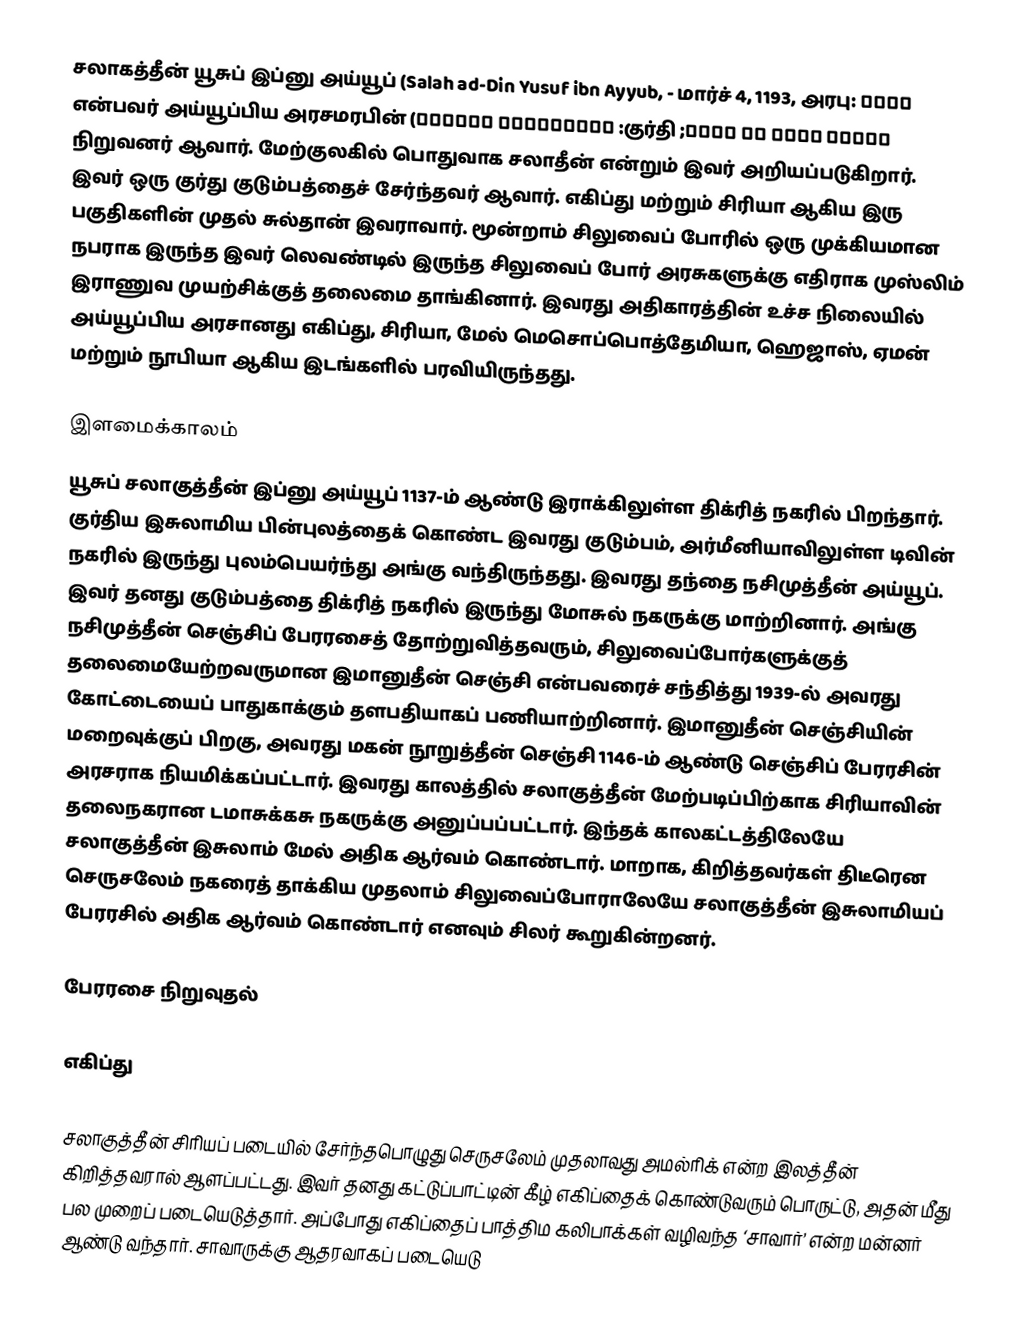
சலாகத்தீன் யூசுப் இப்னு அய்யூப் (Salah ad-Din Yusuf ibn Ayyub,  - மார்ச் 4, 1193, அரபு: صلاح الدين يوسف بن أيوب; குர்தி: سهلاحهدین ئهیوبی) என்பவர் அய்யூப்பிய அரசமரபின் நிறுவனர் ஆவார். மேற்குலகில் பொதுவாக சலாதீன் என்றும் இவர் அறியப்படுகிறார். இவர் ஒரு குர்து குடும்பத்தைச் சேர்ந்தவர் ஆவார். எகிப்து மற்றும் சிரியா ஆகிய இரு பகுதிகளின் முதல் சுல்தான் இவராவார். மூன்றாம் சிலுவைப் போரில் ஒரு முக்கியமான நபராக இருந்த இவர் லெவண்டில் இருந்த சிலுவைப் போர் அரசுகளுக்கு எதிராக முஸ்லிம் இராணுவ முயற்சிக்குத் தலைமை தாங்கினார். இவரது அதிகாரத்தின் உச்ச நிலையில் அய்யூப்பிய அரசானது எகிப்து, சிரியா, மேல் மெசொப்பொத்தேமியா, ஹெஜாஸ், ஏமன் மற்றும் நூபியா ஆகிய இடங்களில் பரவியிருந்தது.

இளமைக்காலம்
யூசுப் சலாகுத்தீன் இப்னு அய்யூப் 1137-ம் ஆண்டு இராக்கிலுள்ள திக்ரித் நகரில் பிறந்தார். குர்திய இசுலாமிய பின்புலத்தைக் கொண்ட இவரது குடும்பம், அர்மீனியாவிலுள்ள டிவின் நகரில் இருந்து புலம்பெயர்ந்து அங்கு வந்திருந்தது. இவரது தந்தை நசிமுத்தீன் அய்யூப். இவர் தனது குடும்பத்தை திக்ரித் நகரில் இருந்து மோசுல் நகருக்கு மாற்றினார். அங்கு நசிமுத்தீன் செஞ்சிப் பேரரசைத் தோற்றுவித்தவரும், சிலுவைப்போர்களுக்குத் தலைமையேற்றவருமான இமானுதீன் செஞ்சி என்பவரைச் சந்தித்து 1939-ல் அவரது கோட்டையைப் பாதுகாக்கும் தளபதியாகப் பணியாற்றினார். இமானுதீன் செஞ்சியின் மறைவுக்குப் பிறகு, அவரது மகன் நூறுத்தீன் செஞ்சி 1146-ம் ஆண்டு செஞ்சிப் பேரரசின் அரசராக நியமிக்கப்பட்டார். இவரது காலத்தில் சலாகுத்தீன் மேற்படிப்பிற்காக சிரியாவின் தலைநகரான டமாசுக்கசு நகருக்கு அனுப்பப்பட்டார். இந்தக் காலகட்டத்திலேயே சலாகுத்தீன் இசுலாம் மேல் அதிக ஆர்வம் கொண்டார்.  மாறாக, கிறித்தவர்கள் திடீரென செருசலேம் நகரைத் தாக்கிய முதலாம் சிலுவைப்போராலேயே சலாகுத்தீன் இசுலாமியப் பேரரசில் அதிக ஆர்வம் கொண்டார் எனவும் சிலர் கூறுகின்றனர்.

பேரரசை நிறுவுதல்

எகிப்து

சலாகுத்தீன் சிரியப் படையில் சேர்ந்தபொழுது செருசலேம் முதலாவது அமல்ரிக் என்ற இலத்தீன் கிறித்தவரால் ஆளப்பட்டது. இவர் தனது கட்டுப்பாட்டின் கீழ் எகிப்தைக் கொண்டுவரும் பொருட்டு, அதன் மீது பல முறைப் படையெடுத்தார். அப்போது எகிப்தைப் பாத்திம கலிபாக்கள் வழிவந்த ‘சாவார்’ என்ற மன்னர் ஆண்டு வந்தார். சாவாருக்கு ஆதரவாகப் படையெடு